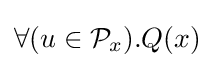
\forall (u\in {\mathcal {P}}_{x}).Q(x)